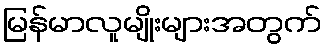
မြန်မာလူမျိုးများအတွက်